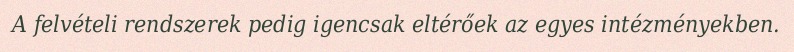
A felvételi rendszerek pedig igencsak eltérőek az egyes intézményekben.